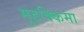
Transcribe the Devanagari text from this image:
मुहक्किमा